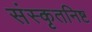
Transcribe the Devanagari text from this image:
संस्कृतनिष्ट